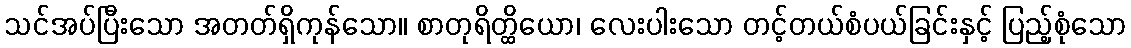
သင်အပ်ပြီးသော အတတ်ရှိကုန်သော။ စာတုရိတ္ထိယော၊ လေးပါးသော တင့်တယ်စံပယ်ခြင်းနှင့် ပြည့်စုံသော